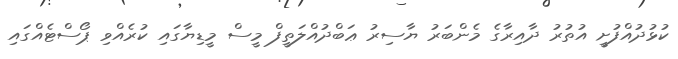
ކުޅުދުއްފުށީ އުތުރު ދާއިރާގެ މެންބަރު ޔާސިރު ޢަބްދުއްލަތީފް މީސް މީޑިޔާގައި ކުރެއްވި ޕޯސްޓެއްގައި